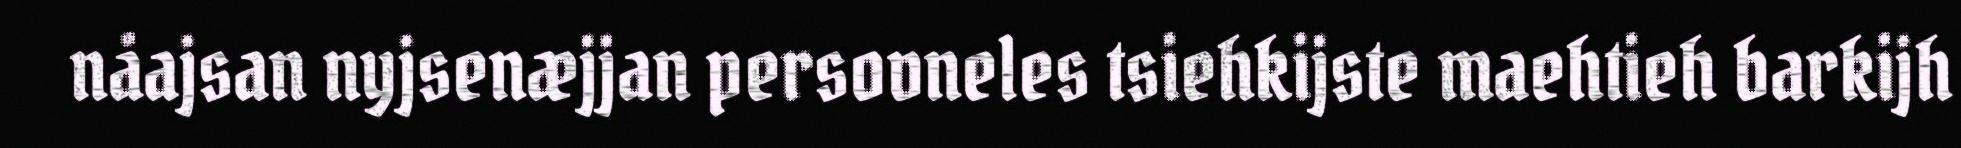
nåajsan nyjsenæjjan persovneles tsiehkijste maehtieh barkijh